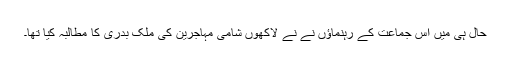
حال ہی میں اس جماعت کے رہنماؤں نے نے لاکھوں شامی مہاجرین کی ملک بدری کا مطالبہ کیا تھا۔